Report on vaccination in the Province of Bengal - 1874-1889
Year: 1874
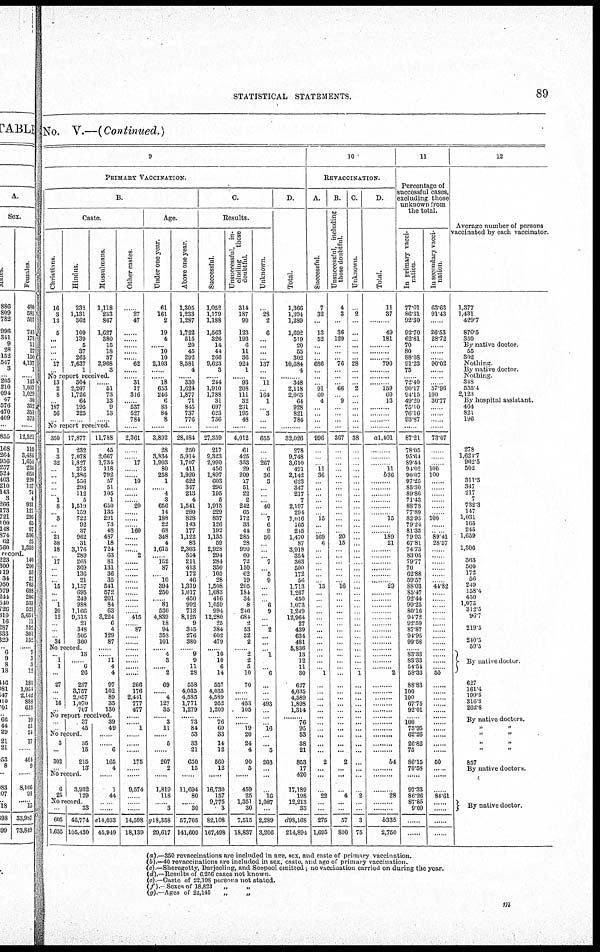
STATISTICAL STATEMENTS.
89
No. V.—(Continued.)
9
PRIMARY VACCINATION.
B.
Caste
Christians.
16
3
13
5
...
...
...
... 17
...
Hindus.
232
1,131
362
109
139
5
37
265
7,637
1
Mussulmans
1,118
233
867
1,627
380
15
18
37
2,968
3
No report received.
13
2
8
... 187
56
...
304
2,207
1,726
64
195
225
...
... 5l
73
13
9
13
...
No report received
350
1
3
32
...
...
...
...
... 1
8
... 3
...
... 21
38
18
... 17
...
...
... 15
...
... 1
20
12
...
...
... 34
17,877
232
7,078
1,827
373
1,386
556
296
112
5
1,519
159
722
92
37
962
31
3,176
289
265
369
136
21
1,157
695
249
988
1,166
9,313
21
348
505
360
No record.
... 1
1
...
27
...
... 16
...
13
... 6
26
287
3,757
2,057
1,070
707
11,788
45
2,667
1,734
118
792
57
51
105
1
650
135
291
73
48
487
18
724
63
81
131
36
35
541
572
201
84
63
8,224
6
4
129
87
......
...... 11
4
4
97
102
89
35
130
No report received.
...
...
37
45
No record
3
...
302
...
35
15
215
13
No record
6
25
3,932
129
No record
...
605
1,655
33
46,774
105,430
39
49
......
...... 6
165
4
......
1
44
......
......
e14,033
45,949
Other castes.
...
27
47
...
...
...
...
... 62
...
... 31
17
316
... 537
527
784
...
2,361
...
... 17
...
... 10
......
......
...... 20
......
......
...... 160
......
......
...... 2
......
......
......
......
......
......
......
......
...... 415
...... 87
......
......
...... ......
......
......
......
266
176
2,441
777
477
......
...... l
......
......
......
175
......
......
9,574
......
......
......
14,598
18,139
Age.
Under one year.
61
161
2
19
4
...... 10
10
2,103
......
...... 18
653
246
6
83
84
8
......
3,892
28
3,834
1,903
80
258
1
...... 4
3
656
14
188
22
68
348
4
1,615
...... 152
87
...... 10
394
250
...... 81
536
4,839
18
94
358
101
...... 4
3
...... 2
69
...... 4
127
35
...... 3
11
......
5
......
207
2
......
1,819
118
......
......
g18,358
29,617
Above one year.
1,305
1,233
1,287
1,722
515
20
45
292
8,581
4
...... 330
1,624
1,877
71
845
737
776
......
28,484
250
5,914
1,707
411
1,920
622
347
213
4
1,541
280
828
143
177
1,122
83
2,303
354
211
413
172
46
1,319
1,017
450
992
713
8,125
9
345
276
380
...... 9
9
11
28
558
4,035
4,585
1,771
1,279
...... 73
84
53
33
21
650
15
......
11,694
80
... 30
57,705
141,609
C.
Results.
Successful
1,052
1,179
1,188
1,563
326
14
44
266
9,623
3
...... 244
1,910
1,788
31
697
623
736
......
27,359
217
9,323
2,990
456
1,897
603
296
195
5
1,915
229
837
126
192
1,135
59
2,928
294
284
350
105
28
1,508
1,083
416
1,059
994
12,280
25
384
602
479
...... 10
10
6
14
557
4,035
4,589
952
1,209
...... 76
60
33
14
12
560
12
......
16,730
157
9,775
3
82,108
167,498
Unsuccessful, in¬
cluding
those
doubtful.
314
187
99
123
193
6
11
36
924
1
...... 93
208
111
32
2,31
195
48
......
4,012
61
425
353
29
209
17
51
22
2
242
65
172
33
44
285
28
990
60
72
150
62
19
205
184
34
8
246
684
2
53
32
2
...... 2
2
5
10
70
......
...... 453
105
......
...... 19
20
24
4
90
5
......
459
25
1,351
30
7,515
18,837
Unknown.
......
28
2
6
......
......
......
...... 137
......
...... 11
...... 164
1
...... 3
......
......
655
......
...... 267
6
36
3
......
......
...... 40
...... 7
6
9
50
......
......
...... 7
...... 5
9
......
......
...... 6
9
......
...... 2
......
......
...... 1
......
......
6
......
......
...... 493
......
......
...... 16
......
......
5
203
......
......
......
16
1,087
......
2,289
3,206
D.
Total.
1,366
1,394
1,289
1,692
519
20
55
302
10,684
4
... 348
2,118
2,063
64
928
821
784
...
32,026
278
9,748
3,610
491
2,142
623
347
217
7
2,197
294
1,016
165
245
1,470
87
3,918
354
363
500
172
56
1,713
1,267
450
1,073
1,249
12,964
27
439
634
481
5,836
13
12
11
30
627
4,035
4,589
1,898
1,314
... 76
95
53
38
21
853
17
420
17,189
198
12,213
33
d98,168
214,894
10
REVACCINATION.
A.
Successful.
7
32
...
13
52
...
...
... 686
...
...
... 91
60
4
......
......
......
......
996
......
......
...... 11
36
......
......
......
......
......
...... 15
......
...... 169
6
......
......
......
......
......
...... 13
......
......
......
......
......
......
......
......
......
......
......
......
...... 1
......
......
......
......
......
......
......
......
......
......
......
2
......
......
......
22
......
......
275
1,695
B.
Unsuccessful, including
those doubtful.
4
3
...
36
129
...
...
... 76
...
...
... 66
... 9
...
...
...
...
367
...
...
...
...
...
...
...
...
...
...
...
...
...
... 20
15
...
...
...
...
...
... 16
...
...
...
...
...
...
...
...
...
...
...
...
...
...
...
...
...
...
...
...
... ...
...
...
...
2
...
...
...
4
...
...
57
800
C.
Unknown.
...
2
...
...
...
...
...
... 28
...
...
... 2
...
...
...
...
...
...
38
...
...
...
...
...
...
...
...
...
...
...
...
...
...
...
...
...
...
...
...
...
...
...
...
...
...
...
...
...
...
...
...
...
...
...
... 1
...
...
...
...
...
...
...
...
...
...
...
...
...
...
...
2
...
...
3
75
D.
Total.
11
37
......
49
181
......
......
...... 790
...... ......
...... 159
60
13
......
......
......
......
a1.401
......
......
...... 11
b36
......
......
......
......
......
...... 15
......
...... 189
21
......
......
......
......
......
...... 29
......
......
......
......
......
......
......
......
......
......
......
......
...... 2
......
......
......
......
......
......
......
......
......
......
......
b4
......
......
......
28
......
......
b335
2,750
11
Percentage of
successful cases,
excluding those
unknown from
the total.
In primary vacci-
nation.
77.01
86.31
92.30
92.70
62.81
70
80
88.08
91.23
75
...... 72.40
90.17
94.15
49.20
75.10
76.16
93.87
......
87.21
78.05
95.64
89.44
94.02
90.07
97.25
85.30
89.86
71.43
88.78
77.89
82.95
79.24
81.35
79.93
67.81
74.73
83.05
79.77
70
62.88
59.57
88.03
85.47
92.44
99.25
80.16
94.72
92.59
87.87
94.95
99.58
... 83.33
83.33
54.54
58.33
88.83
100
100
67.75
92.01
... 100
75.95
62.26
26.82
75
86.15
70.58
...
97.33
86.26
87.85
9.09
......
.......
In secondary vacci-
nation.
63.63
91.43
...
26.53
28.72
...
...
... 90.02
...
...
... 57.96
100
30.77
...
...
...
...
73.07
...
...
... 100
100
...
...
...
...
...
... 100
...
... 89.41
28.57
...
...
...
...
...
... 44.82
...
...
...
...
...
...
...
...
...
...
...
...
... 50
...
...
...
...
...
...
...
...
...
...
...
50
...
...
...
84.61
...
...
...
...
12
Average number of persons
vaccinated by each vaccinator.
1,377
1,431
429.7
870.5
350
By native doctor
55
302
Nothing
By native doctor.
Nothing
348
555.4
2,123
By hospital assistant.
464
821
196
...
...
278
1,624.7
902.5
502
... 311.5
347
217
7
732.3
147
1,031
165
245
1,659
... 1,306
... 363
500
172
56
249
158.4
450
1,073
312.5
96.7
... 219.5
... 240.5
59.5
By native doctor
627
161.4
199.5
316.3
26.28
By native doctors.
„
„
„
„
„
„
„
„
857
By native doctors.
...
...
...
By native doctor.
...
...
(a).—350 revaccinations are included in age, sex, and caste of primary vaccination.
(b).—40 revaccinations are included in sex, caste, and age of primary vaccination.
(c).—Sheregotty, Darjeeling, and Soopool omitted; no vaccination carried on during the year.
(d).—Results of 6,256 cases not known.
(e).—Caste of 22,198 persons not stated.
(f).—Sexes of 18,823
„
„
(g).—Ages of 22,145
„
„
m